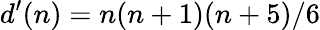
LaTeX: d^{\prime}(n)=n(n+1)(n+5)/6